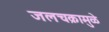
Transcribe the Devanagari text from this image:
जलचक्रामुळे